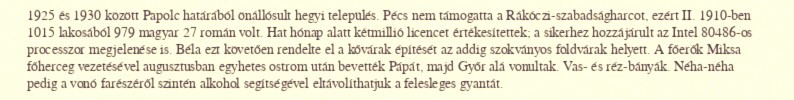
1925 és 1930 között Papolc határából önállósult hegyi település. Pécs nem támogatta a Rákóczi-szabadságharcot, ezért II. 1910-ben 1015 lakosából 979 magyar 27 román volt. Hat hónap alatt kétmillió licencet értékesítettek; a sikerhez hozzájárult az Intel 80486-os processzor megjelenése is. Béla ezt követően rendelte el a kővárak építését az addig szokványos földvárak helyett. A főerők Miksa főherceg vezetésével augusztusban egyhetes ostrom után bevették Pápát, majd Győr alá vonultak. Vas- és réz-bányák. Néha-néha pedig a vonó farészéről szintén alkohol segítségével eltávolíthatjuk a felesleges gyantát.